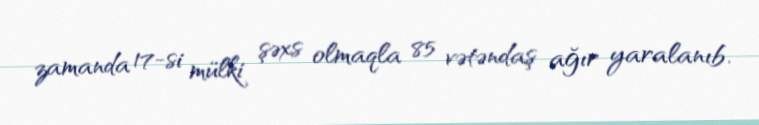
zamanda 17-si mülki şəxs olmaqla 85 vətəndaş ağır yaralanıb.